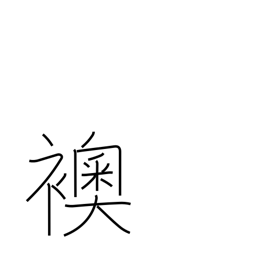
Meaning: opaque sliding door